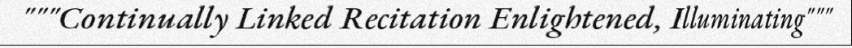
"""Continually Linked Recitation Enlightened, Illuminating"""